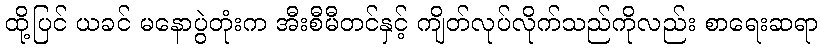
ထို့ပြင် ယခင် မနောပွဲတုံးက အီးစီမီတင်နှင့် ကျိတ်လုပ်လိုက်သည်ကိုလည်း စာရေးဆရာ